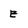
Character: E